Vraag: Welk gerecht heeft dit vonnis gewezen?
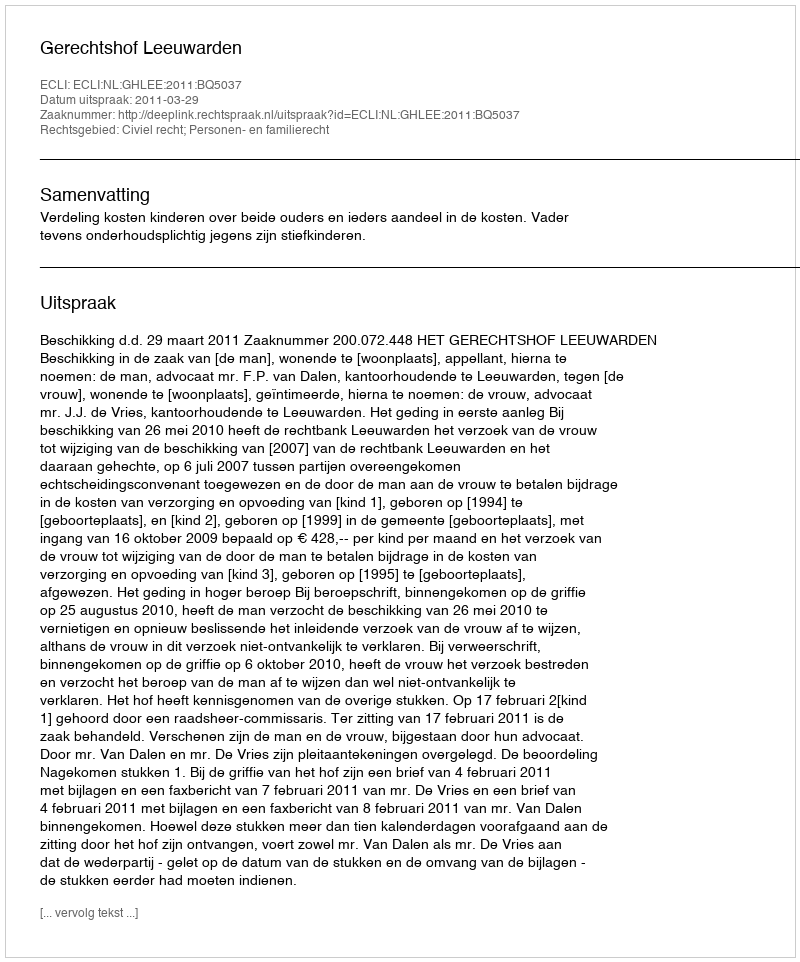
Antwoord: Gerechtshof Leeuwarden